Leaving Certificate Examination (including Day School Certificate (Higher) General paper), 1931
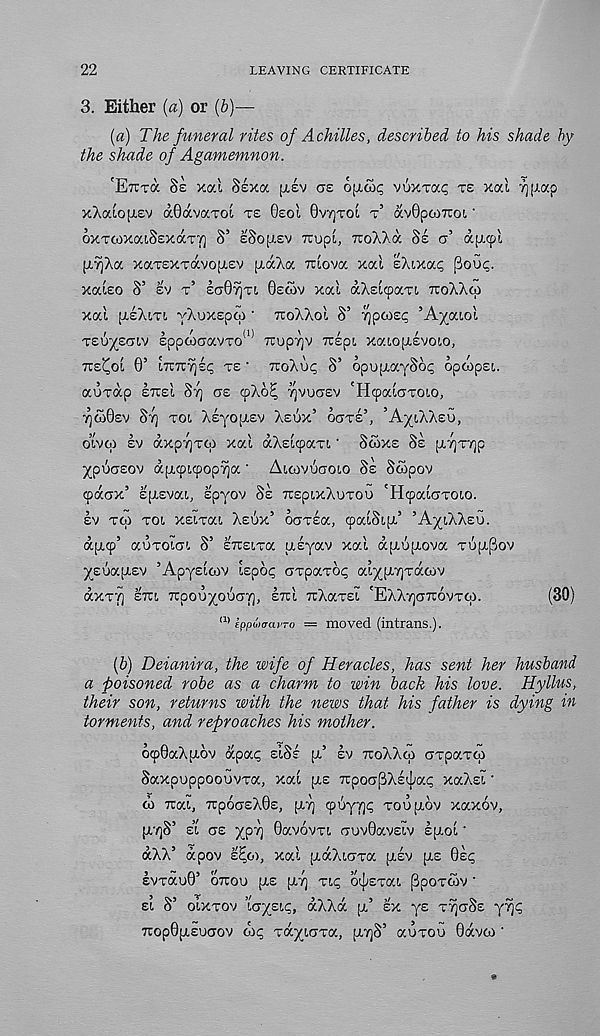
22
LEAVING CERTIFICATE
3. Either (a) or (b)—
(a) The funeral rites of Achilles, described to his shade by
the shade of Agamemnon.
'ETtva Se xod Sexoc [LEV as ojLco^ VUXTOCS TS xal ^[xap
xXaiopLev aOavocTOL TE 0EOI 0VT]TOI T’ avOpoiTtoi'
oxTCOxatSExaTT) S’ ESOJLEV izup'i, TioXha. 8s a’ apicpl
jx9)Aa xaTEXTavojLEV [xaXa Titova xal sXtxap pou?.
xatso S’ EV T’ laO^rt 8EWV xat aXsttpaxt TtoXXto
xal [LEXITI yXuxEpco ' TioXXol S’ T^pois^ ’Amatol
TEU^ECJIV EpptOCaVTO (1) 7Iup7]V TUEpt xatoptsvoto,
Tis^ot 0’ t7iTi^E<; TE ' TIOXUI? S’ opuptaySoi; opwpst.
aoxap ETUEI ST) CE cpXo? rjvvasv 'HcpalcTTOto,
•^(SOEV STJ TOL XsyoptEv XEUX’ OCTTE’, ’A^tXXsu,
otvto EV axp7]T0i xal aXstcpaxt' SWXE SE ptTjxyjp
^pucsov aptcptcpop^a' Atwvuaoto Ss Scopov
qiacrx’ Eptsvat, spyov SE TisptxXuTOU 'HtpalcxTOto.
EV xtp TOI xEixat XEUX’ OdTsa, cpatStpt’ ’A^LXXEU.
d[i,9’ auxotot S’ ETCEixa ptsyav xal dujjixova TU|xpov
■ysw-yisv ’Apystoiv Ispo^ orp/XToq at^ptTjTacuv
aXTT] £711 TCOOU^OUCTT], ETll TlXaTEl 'EXXTjaTIOVTtp.
(30)
a) eppwaai’-o — moved (intrans.).
{b) Deianira, the wife of Heracles, has sent her husband
a poisoned robe as a charm to win back his love. Hyllus,
their son, returns with the news that his father is dying in
torments, and reproaches his mother.
o<p0aX[xov dpap EISE pt’ EV TIOXXCO arpaTto
Saxpuppoouvra, xat pts TcpoapXs^ap xaXst •
(0 Ttat, TIpOCTEXQE, [XT] CpSyT]!; TOUptOV xaxov,
pc/]S’ st as j<pv) Oavovrt fiuvOavstv sptot'
dXX’ dpov s^o), xal ptaXtaxa ptsv pts Bsp
EVTauB’ OTCOU pts ptT] Tl<; OljlSTat PpOTWV •
si S’ otXTOv laysic,, dXXd pt’ EX ys T^CTSE y%
7iop0ptEuaov oip Taytoxa, pt7]S’ auxou Bavco ‘